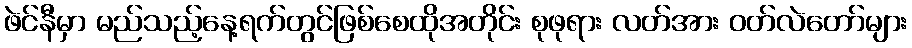
ဖဲင်နီမှာ မည်သည့်နေ့ရက်တွင်ဖြစ်စေထိုအတိုင်း စုဖုရား လတ်အား ဝတ်လဲတော်များ